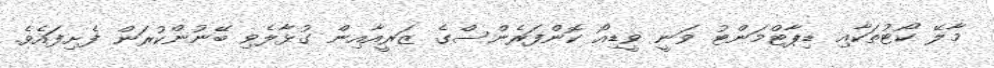
މާލޭ ކޯޓުތަކާއި ޑިޕާޓްމަންޓު ވަނީ ވީޑިއޯ ކޮންފަރެންސްގެ ޒަރީއާއިން ގުޅާލެވި ބޭނުންކުރަން ފެށިފައެވެ.